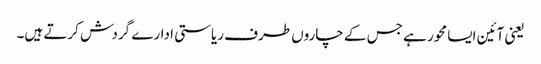
یعنی آئین ایسا محور ہے جس کے چاروں طرف ریاستی ادارے گردش کرتے ہیں۔